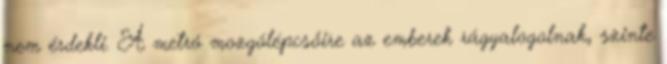
nem érdekli. A metró mozgólépcsőire az emberek rágyalogolnak, szinte